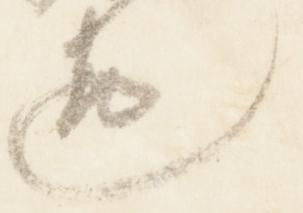
違